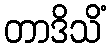
တာဒိသိံ